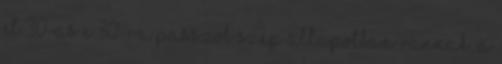
ET 30-as E 30-ra passzol Szép állapotban vannak, a